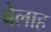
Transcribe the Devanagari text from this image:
बेलाह